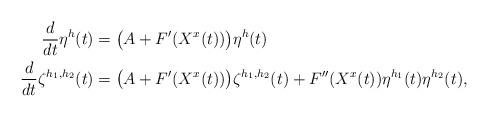
LaTeX: \begin{align*}\frac{d}{dt}\eta^h(t)&=\bigl(A+F'(X^x(t))\bigr)\eta^h(t)\\\frac{d}{dt}\zeta^{h_1,h_2}(t)&=\bigl(A+F'(X^x(t))\bigr)\zeta^{h_1,h_2}(t)+F''(X^x(t))\eta^{h_1}(t)\eta^{h_2}(t),\end{align*}